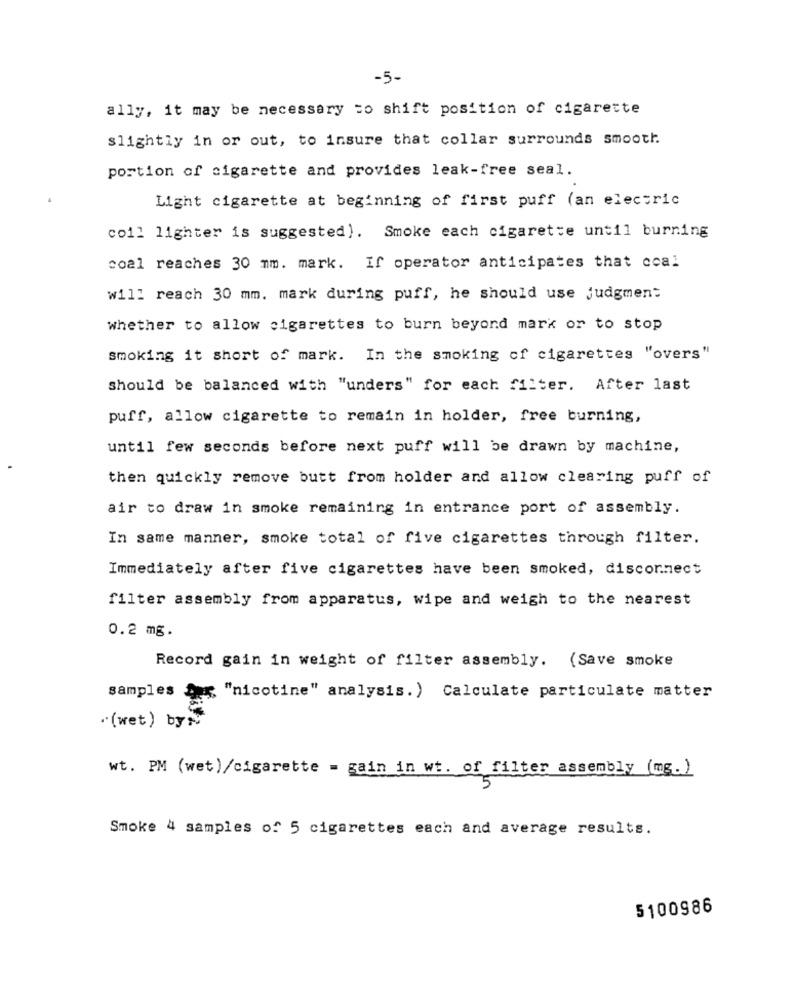
-5-
ally, it may be necessary to shift position of cigarette
slightly in or out, to insure that collar surrounds smooth.
portion of cigarette and provides leak-free seal.
Light cigarette at beginning of first puff (an electric
coil lighter is suggested). Smoke each cigarette until burning
coal reaches 30 mm. mark. If operator anticipates that coal
will reach 30 mm. mark during puff, he should use judgment
whether to allow cigarettes to burn beyond mark or to stop
smoking it short of mark. In the smoking of cigarettes "overs"
should be balanced with "unders" for each filter. After last
puff, allow cigarette to remain in holder, free burning,
until few seconds before next puff will be drawn by machine,
then quickly remove butt from holder and allow clearing puff of
air to draw in smoke remaining in entrance port of assembly.
In same manner, smoke total of five cigarettes through filter.
Immediately after five cigarettes have been smoked, disconnect
filter assembly from apparatus, wipe and weigh to the nearest
0.2 mg.
Record gain in weight of filter assembly. (Save smoke
samples Der, "nicotine" analysis.) Calculate particulate matter
. (wet ) by :
wt. PM (wet)/cigarette = gain in wt. of filter assembly (mg.)
5
Smoke 4 samples of 5 cigarettes each and average results.
5100986